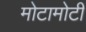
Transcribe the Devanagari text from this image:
मोटामोटी